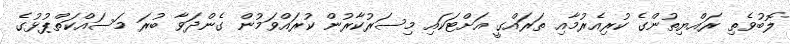
ލޮބުވެތި ރައްޔިތުންގެ ކުރިއެރުމާއި ތަރައްގީ އަށްޓަކައި މިސަރުކާރުން ކުރައްވަމުން ގެންދަވާ ބުރަ މަސައްކަތްޕުޅުގެ